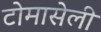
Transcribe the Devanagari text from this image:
टोमासेली